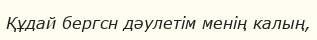
Құдай бергсн дәулетім менің калың,